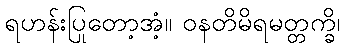
ရဟန်းပြုတော့အံ့။ ဝနတိမိရမတ္တက္ခိ၊